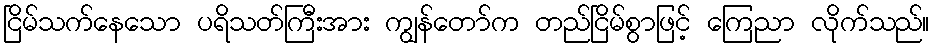
ငြိမ်သက်နေသော ပရိသတ်ကြီးအား ကျွန်တော်က တည်ငြိမ်စွာဖြင့် ကြေညာ လိုက်သည်။